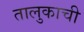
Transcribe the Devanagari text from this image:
तालुकाची